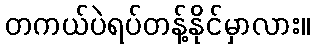
တကယ်ပဲရပ်တန့်နိုင်မှာလား။